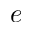
e